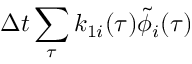
\Delta t \sum _ { \tau } k _ { 1 i } ( \tau ) \tilde { \phi } _ { i } ( \tau )